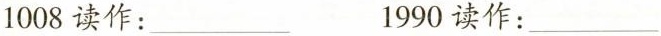
1008读作：___ 1990读作：___